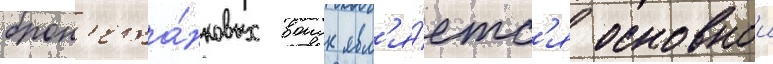
брон'ета́нковых воиск явл'я́етс'я основнои